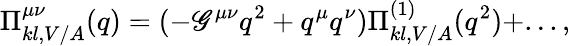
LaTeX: \Pi_{kl,V/A}^{\mu\nu}(q)=(-\mathscr{G}^{\mu\nu}q^{2}+q^{\mu}q^{\nu})\Pi_{kl,V/A}^{(1)}(q^{2})+...,